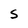
Character: S